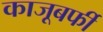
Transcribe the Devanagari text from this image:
काजूबर्फी